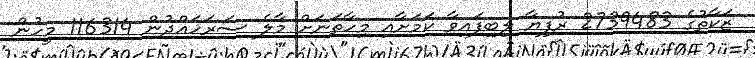
ޒަކާތުގެ 2739483 ރުފިޔާ ލިބިފައިވާ ކަމަށާއި މިހާތަނަށް މާލެ ސަރަހައްދުން 116314 މީހުން